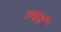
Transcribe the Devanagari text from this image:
रुपाई